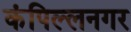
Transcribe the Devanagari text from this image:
कंपिल्लनगर